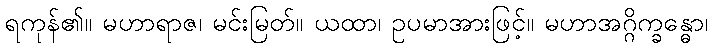
ရကုန်၏။ မဟာရာဇ၊ မင်းမြတ်။ ယထာ၊ ဥပမာအားဖြင့်။ မဟာအဂ္ဂိက္ခန္ဓော၊